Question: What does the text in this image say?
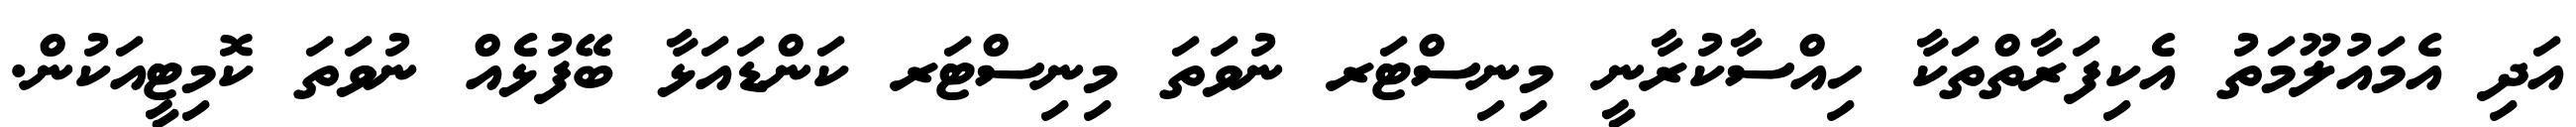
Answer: އަދި އެމައުލޫމަތު އެކިފަރާތްތަކާ ހިއްސާކުރާނީ މިނިސްޓަރ ނުވަތަ މިނިސްޓަރ ކަންޑައަޅާ ބޭފުޅެއް ނުވަތަ ކޮމިޓީއަކުން.